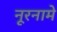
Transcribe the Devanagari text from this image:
नूरनामे